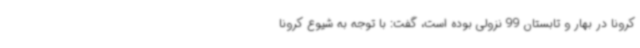
کرونا در بهار و تابستان 99 نزولی بوده است، گفت: با توجه به شیوع کرونا